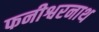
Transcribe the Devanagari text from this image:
फनीश्वरनाथ